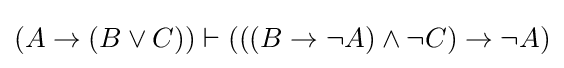
\left(A\rightarrow \left(B\lor C\right)\right)\vdash \left(\left(\left(B\rightarrow \lnot A\right)\land \lnot C\right)\rightarrow \lnot A\right)